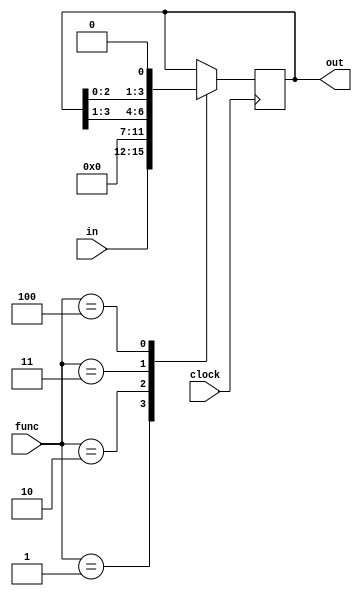
module register(clock, func, in, out);

input wire clock;
input wire [3:0] func;
input wire [3:0] in;
output reg [3:0] out;

parameter Hold = 4'b0000;
parameter Load = 4'b0001;
parameter Clear = 4'b0010;
parameter Shift_Right = 4'b0011;
parameter Shift_Left = 4'b0100;

always @(posedge clock) begin
	
	case(func)
		
		Hold : out <= out;
		Load : out <= in;
		Clear : out <= 4'b0000;
		Shift_Right : out <= (out >> 1);
		Shift_Left : out <= (out << 1);
		
		endcase
		
	end
	
endmodule